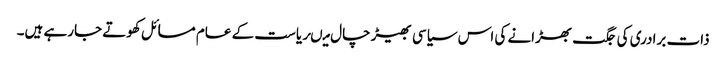
ذات برادری کی جگت بھڑانے کی اس سیاسی بھیڑ چال میںریاست کے عام مسائل کھوتے جارہے ہیں۔